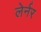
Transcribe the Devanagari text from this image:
लेर्नर